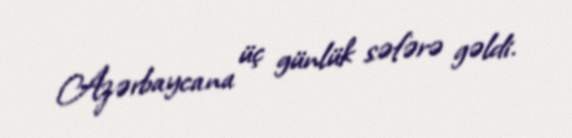
Azərbaycana üç günlük səfərə gəldi.